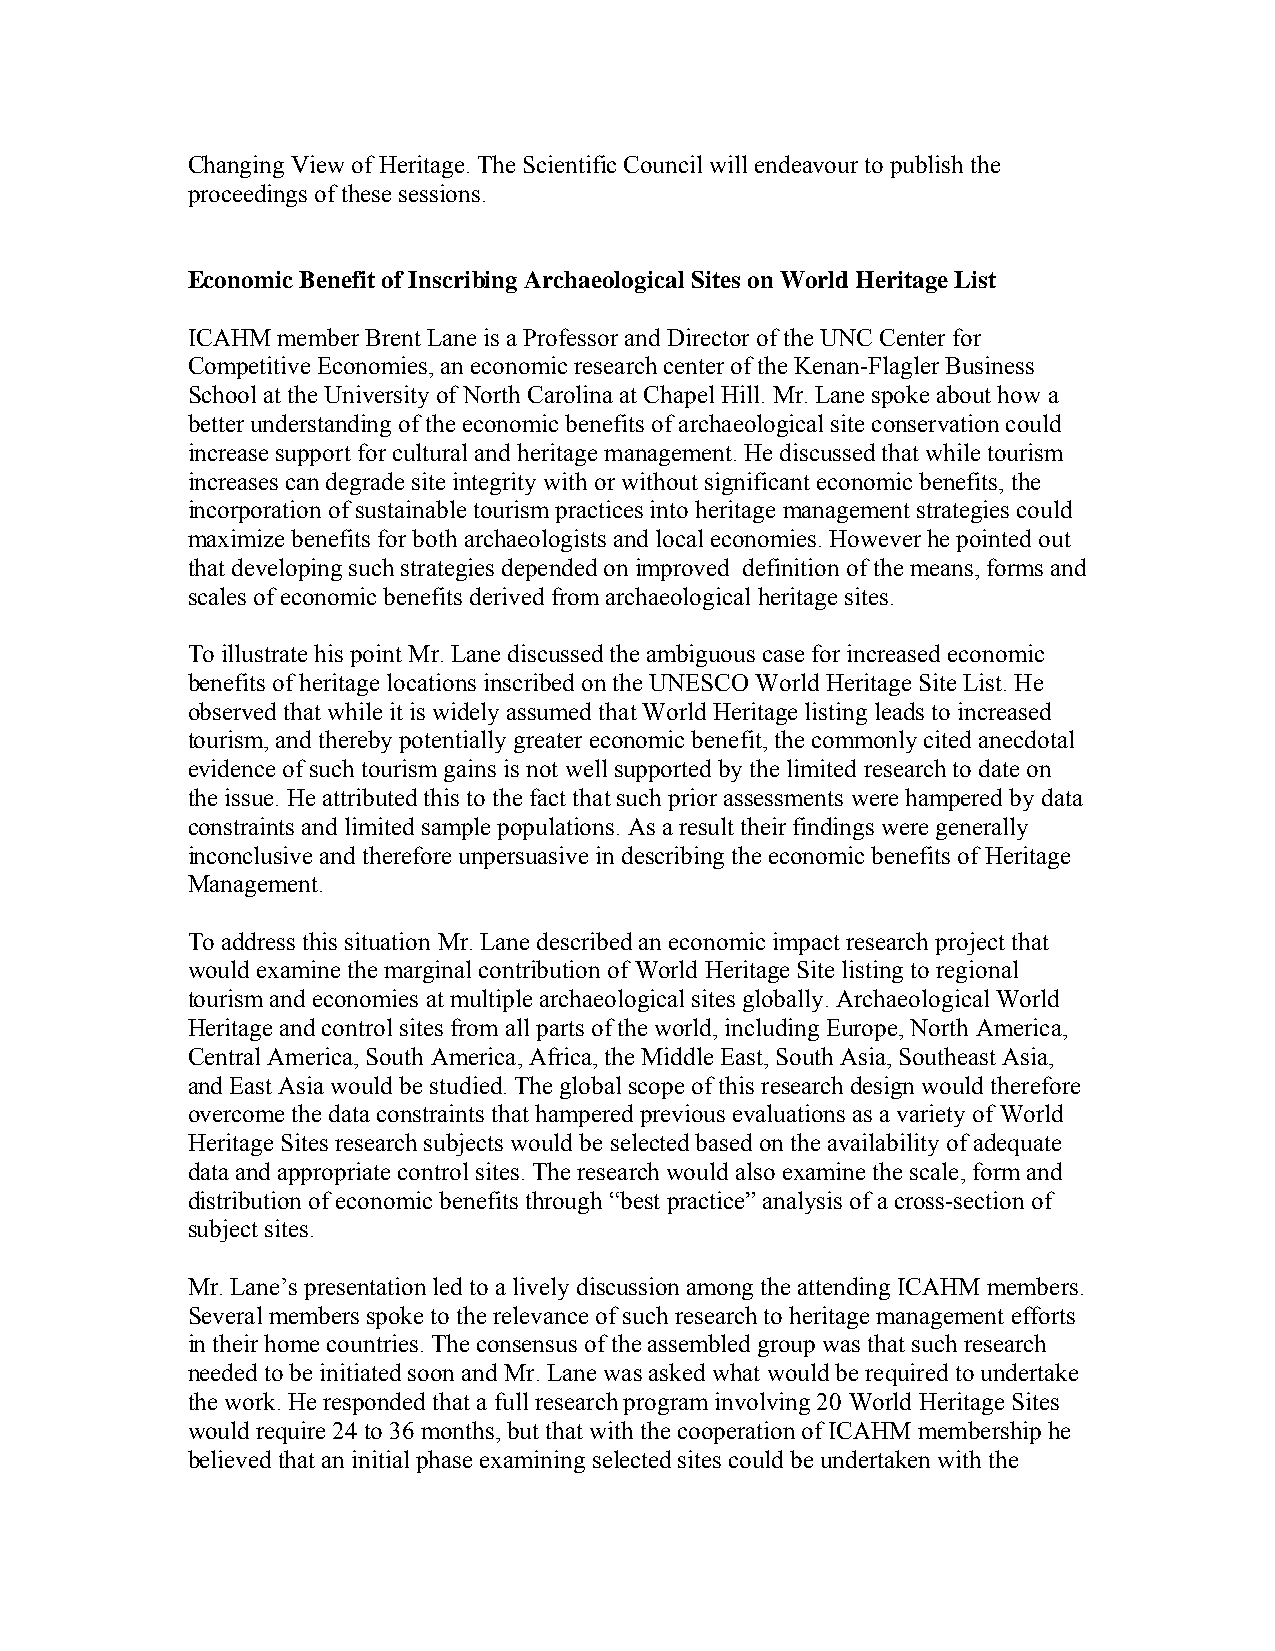
Changing View of Heritage. The Scientific Council will endeavour to publish the
 proceedings of these sessions.
 Economic Benefit of Inscribing Archaeological Sites on World Heritage List
 ICAHM member Brent Lane is a Professor and Director of the UNC Center for
 Competitive Economies, an economic research center of the Kenan-Flagler Business
 School at the University of North Carolina at Chapel Hill. Mr. Lane spoke about how a
 better understanding of the economic benefits of archaeological site conservation could
 increase support for cultural and heritage management. He discussed that while tourism
 increases can degrade site integrity with or without significant economic benefits, the
 incorporation of sustainable tourism practices into heritage management strategies could
 maximize benefits for both archaeologists and local economies. However he pointed out
 that developing such strategies depended on improved definition of the means, forms and
 scales of economic benefits derived from archaeological heritage sites.
 To illustrate his point Mr. Lane discussed the ambiguous case for increased economic
 benefits of heritage locations inscribed on the UNESCO World Heritage Site List. He
 observed that while it is widely assumed that World Heritage listing leads to increased
 tourism, and thereby potentially greater economic benefit, the commonly cited anecdotal
 evidence of such tourism gains is not well supported by the limited research to date on
 the issue. He attributed this to the fact that such prior assessments were hampered by data
 constraints and limited sample populations. As a result their findings were generally
 inconclusive and therefore unpersuasive in describing the economic benefits of Heritage
 Management.
 To address this situation Mr. Lane described an economic impact research project that
 would examine the marginal contribution of World Heritage Site listing to regional
 tourism and economies at multiple archaeological sites globally. Archaeological World
 Heritage and control sites from all parts of the world, including Europe, North America,
 Central America, South America, Africa, the Middle East, South Asia, Southeast Asia,
 and East Asia would be studied. The global scope of this research design would therefore
 overcome the data constraints that hampered previous evaluations as a variety of World
 Heritage Sites research subjects would be selected based on the availability of adequate
 data and appropriate control sites. The research would also examine the scale, form and
 distribution of economic benefits through “best practice” analysis of a cross-section of
 subject sites.
 Mr. Lane’s presentation led to a lively discussion among the attending ICAHM members.
 Several members spoke to the relevance of such research to heritage management efforts
 in their home countries. The consensus of the assembled group was that such research
 needed to be initiated soon and Mr. Lane was asked what would be required to undertake
 the work. He responded that a full research program involving 20 World Heritage Sites
 would require 24 to 36 months, but that with the cooperation of ICAHM membership he
 believed that an initial phase examining selected sites could be undertaken with the